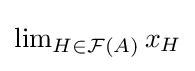
{\textstyle \lim _{H\in {\mathcal {F}}(A)}x_{H}}